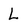
Character: L